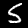
Digit: 5